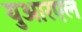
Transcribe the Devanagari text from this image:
युआरएल